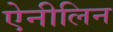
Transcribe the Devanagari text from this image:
ऐनीलिन